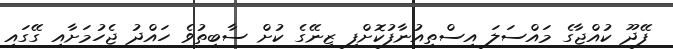
ފޭދޫ ކުއްޖާގެ މައްސަލަ އިސްތިއުނާފުކޮށްފި ޒިނޭގެ ކުށް ސާބިތުވެ ހައްދު ޖެހުމަށާއި ގޭގައި